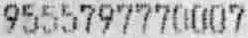
9555797770007